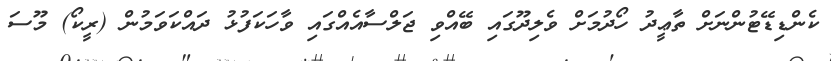
ކެންޑިޑޭޓުންނަށް ތާޢީދު ހޯދުމަށް ވެލިދޫގައި ބޭއްވި ޖަލްސާއެއްގައި ވާހަކަފުޅު ދައްކަވަމުން (ރީކޯ) މޫސަ